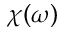
\chi ( \omega )